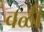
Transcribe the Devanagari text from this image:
वळी